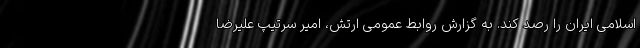
اسلامی ایران را رصد کند. به گزارش روابط عمومی ارتش، امیر سرتیپ علیرضا